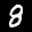
Label: 8